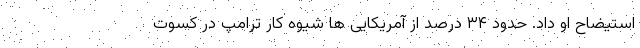
استیضاح او داد. حدود ۳۴ درصد از آمریکایی ها شیوه کار ترامپ در کسوت